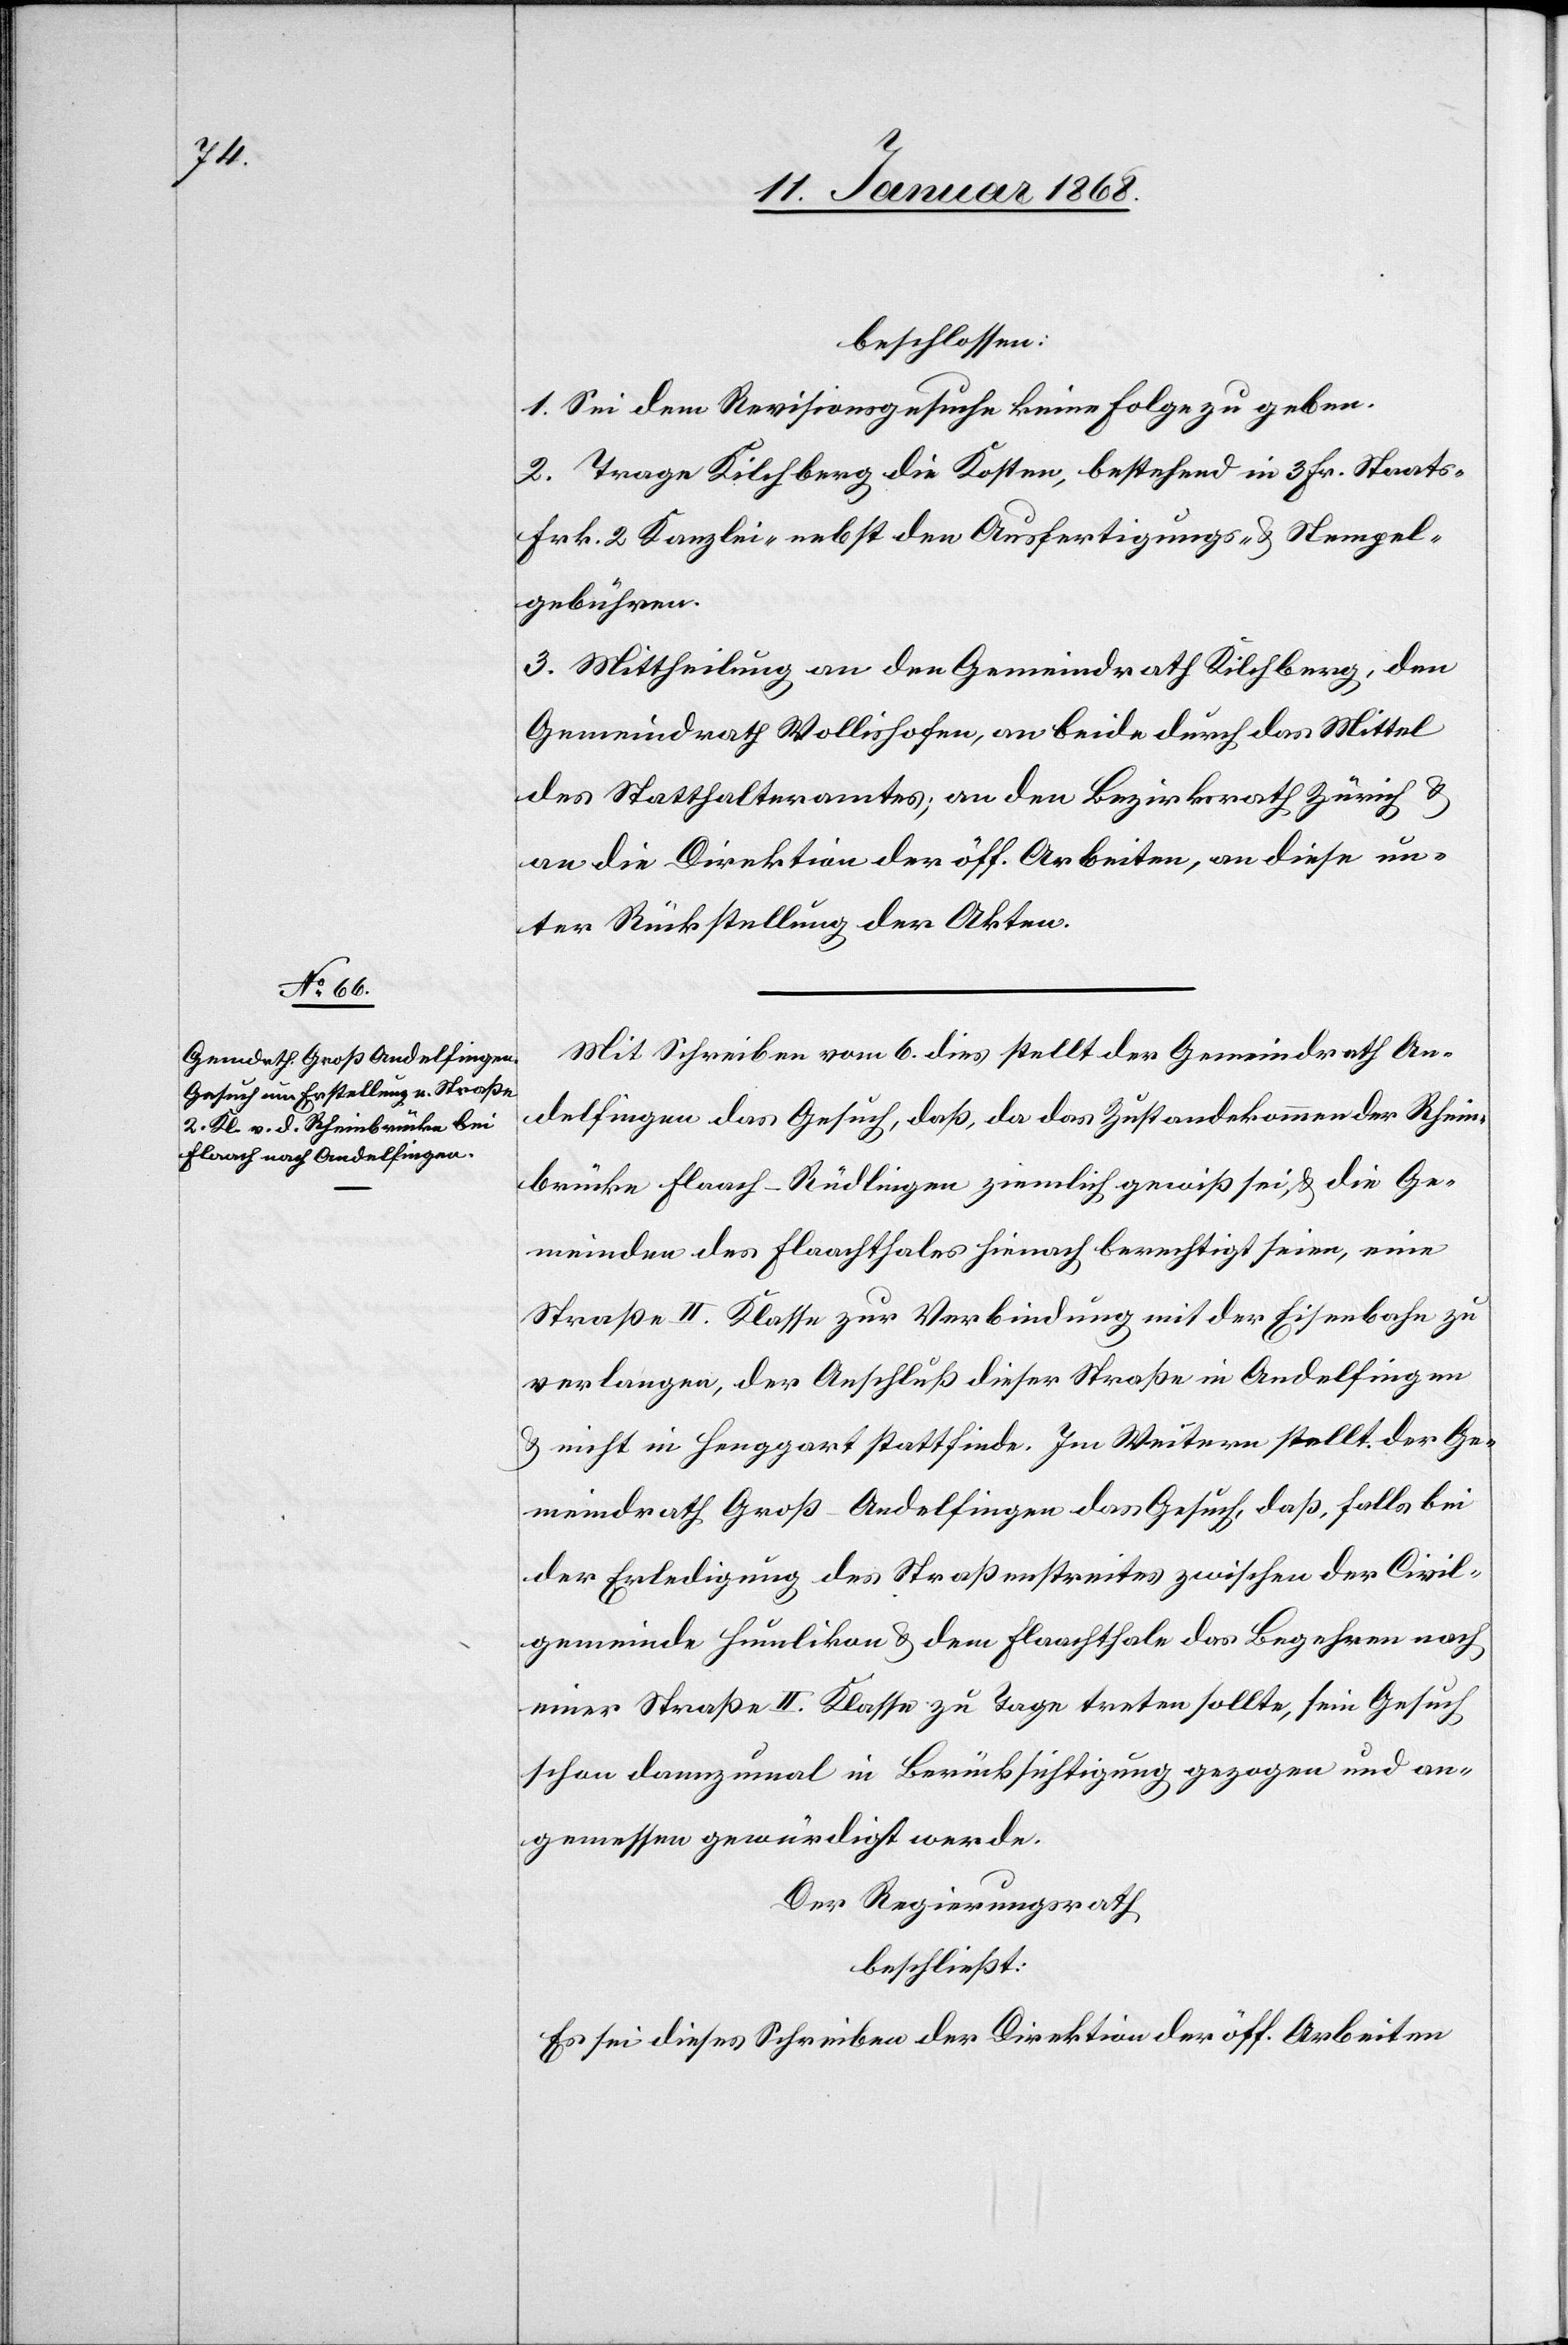
beschlossen:
1. Sei dem Revisionsgesuche keine Folge zu geben.
2. Trage Kilchberg die Kosten, bestehend in 3 Fr. Staats-[,]
Frk. 2 Kanzlei-[,] nebst den Ausfertigungs- & Stempel¬
gebühren.
3. Mittheilung an den Gemeindrath Kilchberg, den
Gemeindrath Wollishofen, an beide durch das Mittel
des Statthalteramtes; an den Bezirksrath Zürich &
an die Direktion der öff. Arbeiten, an diese un¬
ter Rückstellung der Akten.
Mit Schreiben vom 6. dies stellt der Gemeindrath An¬
delfingen das Gesuch, daß, da das Zustandekommen der Rhein¬
brücke Flaach-Rüdlingen ziemlich gewiß sei, & die Ge¬
meinden des Flaachthales hienach berechtigt seien, eine
Straße II. Klasse zur Verbindung mit der Eisenbahn zu
verlangen, der Anschluß dieser Straße in Andelfingen
& nicht in Henggart stattfinde. Im Weitern stellt der Ge¬
meindrath Groß-Andelfingen das Gesuch, daß, falls bei
der Erledigung des Straßenstreites zwischen der Civil¬
gemeinde Humlikon & dem Flaachthale das Begehren nach
einer Straße II. Klasse zu Tage treten sollte, sein Gesuch
schon dannzumal in Berücksichtigung gezogen und an¬
gemessen gewürdigt werde.
Der Regierungsrath
beschließt:
Es sei dieses Schreiben der Direktion der öff. Arbeiten